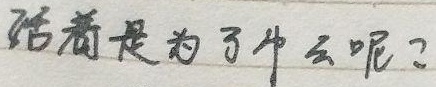
活着是为了什么呢？